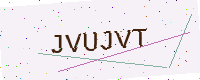
Text: JVUJVT